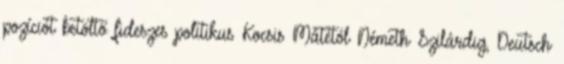
pozíciót betöltő fideszes politikus Kocsis Mátétól Németh Szilárdig, Deutsch